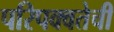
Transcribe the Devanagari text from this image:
परिपक्वतेची